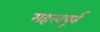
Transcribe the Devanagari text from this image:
महत्त्वपूर्व